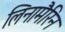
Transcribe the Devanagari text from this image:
लिनामैरिन